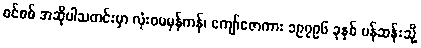
စင်စစ် အဆိုပါသတင်းမှာ လုံးဝမမှန်ကန်၊ ကျော်ဇောကား ၁၉၇၉၆ ခုနှစ် ပန်ဆန်းသို့